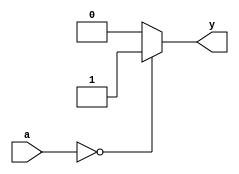
`timescale 1ns / 1ps
module equalzerocmp # (parameter N = 32)
                  (input [N-1:0] a,
                   output y);
    assign #1 y = (a == 0)? 1:0;
endmodule // equalzerocmp